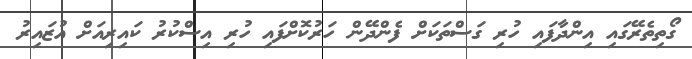
ގޯތިތެރޭގައި އިންދާފައި ހުރި ގަސްތަކަށް ފެންދޭން ހަރުކޮށްފައި ހުރި އިސްކުރު ކައިރިއަށް އުޒައިރު